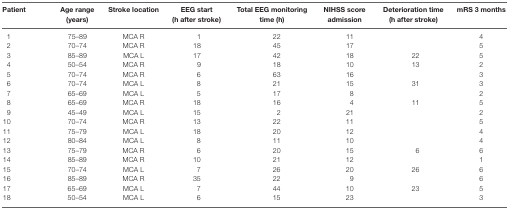
<table><thead><tr><td><b>Patient</b></td><td><b>Age range (years)</b></td><td><b>Stroke location</b></td><td><b>EEG start (h after stroke)</b></td><td><b>Total EEG monitoring time (h)</b></td><td><b>NIHSS score admission</b></td><td><b>Deterioration time (h after stroke)</b></td><td><b>mRS 3 months</b></td></tr></thead><tbody><tr><td>1</td><td>75–89</td><td>MCA R</td><td>1</td><td>22</td><td>11</td><td></td><td>4</td></tr><tr><td>2</td><td>70–74</td><td>MCA R</td><td>18</td><td>45</td><td>17</td><td></td><td>5</td></tr><tr><td>3</td><td>85–89</td><td>MCA L</td><td>17</td><td>42</td><td>18</td><td>22</td><td>5</td></tr><tr><td>4</td><td>50–54</td><td>MCA R</td><td>9</td><td>18</td><td>10</td><td>13</td><td>2</td></tr><tr><td>5</td><td>70–74</td><td>MCA R</td><td>6</td><td>63</td><td>16</td><td></td><td>3</td></tr><tr><td>6</td><td>70–74</td><td>MCA L</td><td>8</td><td>21</td><td>15</td><td>31</td><td>3</td></tr><tr><td>7</td><td>65–69</td><td>MCA L</td><td>5</td><td>17</td><td>8</td><td></td><td>2</td></tr><tr><td>8</td><td>65–69</td><td>MCA R</td><td>18</td><td>16</td><td>4</td><td>11</td><td>5</td></tr><tr><td>9</td><td>45–49</td><td>MCA L</td><td>15</td><td>2</td><td>21</td><td></td><td>2</td></tr><tr><td>10</td><td>70–74</td><td>MCA R</td><td>13</td><td>22</td><td>11</td><td></td><td>5</td></tr><tr><td>11</td><td>75–79</td><td>MCA L</td><td>18</td><td>20</td><td>12</td><td></td><td>4</td></tr><tr><td>12</td><td>80–84</td><td>MCA L</td><td>8</td><td>11</td><td>10</td><td></td><td>4</td></tr><tr><td>13</td><td>75–79</td><td>MCA R</td><td>6</td><td>20</td><td>15</td><td>6</td><td>6</td></tr><tr><td>14</td><td>85–89</td><td>MCA R</td><td>10</td><td>21</td><td>12</td><td></td><td>1</td></tr><tr><td>15</td><td>70–74</td><td>MCA L</td><td>7</td><td>26</td><td>20</td><td>26</td><td>6</td></tr><tr><td>16</td><td>85–89</td><td>MCA R</td><td>35</td><td>22</td><td>9</td><td></td><td>6</td></tr><tr><td>17</td><td>65–69</td><td>MCA L</td><td>7</td><td>44</td><td>10</td><td>23</td><td>5</td></tr><tr><td>18</td><td>50–54</td><td>MCA L</td><td>6</td><td>15</td><td>23</td><td></td><td>3</td></tr></tbody></table>